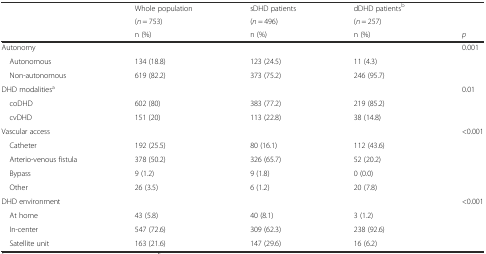
<table><thead><tr><td></td><td><b>Whole population </b></td><td><b>sDHD patients</b></td><td><b>dDHD patients<sup>b</sup></b></td><td></td></tr><tr><td></td><td><b>(<i>n</i> = 753)</b></td><td><b>(<i>n</i> = 496)</b></td><td><b>(<i>n</i> = 257)</b></td><td></td></tr><tr><td></td><td><b>n (%)</b></td><td><b>n (%)</b></td><td><b>n (%)</b></td><td><b><i>p</i></b></td></tr></thead><tbody><tr><td>Autonomy</td><td></td><td></td><td></td><td>0.001</td></tr><tr><td> Autonomous</td><td>134 (18.8)</td><td>123 (24.5)</td><td>11 (4.3)</td><td></td></tr><tr><td> Non-autonomous</td><td>619 (82.2)</td><td>373 (75.2)</td><td>246 (95.7)</td><td></td></tr><tr><td>DHD modalities<sup>a</sup></td><td></td><td></td><td></td><td>0.01</td></tr><tr><td> coDHD</td><td>602 (80)</td><td>383 (77.2)</td><td>219 (85.2)</td><td></td></tr><tr><td> cvDHD</td><td>151 (20)</td><td>113 (22.8)</td><td>38 (14.8)</td><td></td></tr><tr><td>Vascular access</td><td></td><td></td><td></td><td>&lt;0.001</td></tr><tr><td> Catheter</td><td>192 (25.5)</td><td>80 (16.1)</td><td>112 (43.6)</td><td></td></tr><tr><td> Arterio-venous fistula</td><td>378 (50.2)</td><td>326 (65.7)</td><td>52 (20.2)</td><td></td></tr><tr><td> Bypass</td><td>9 (1.2)</td><td>9 (1.8)</td><td>0 (0.0)</td><td></td></tr><tr><td> Other</td><td>26 (3.5)</td><td>6 (1.2)</td><td>20 (7.8)</td><td></td></tr><tr><td>DHD environment</td><td></td><td></td><td></td><td>&lt;0.001</td></tr><tr><td> At home</td><td>43 (5.8)</td><td>40 (8.1)</td><td>3 (1.2)</td><td></td></tr><tr><td> In-center</td><td>547 (72.6)</td><td>309 (62.3)</td><td>238 (92.6)</td><td></td></tr><tr><td> Satellite unit</td><td>163 (21.6)</td><td>147 (29.6)</td><td>16 (6.2)</td><td></td></tr></tbody></table>